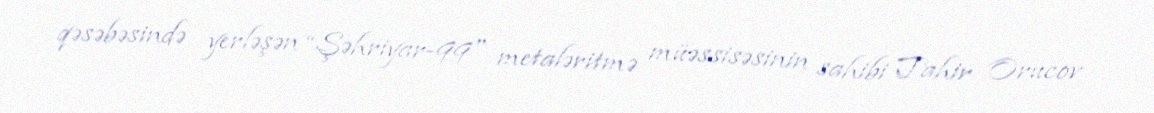
qəsəbəsində yerləşən “Şəhriyar-99" metaləritmə müəssisəsinin sahibi Tahir Orucov